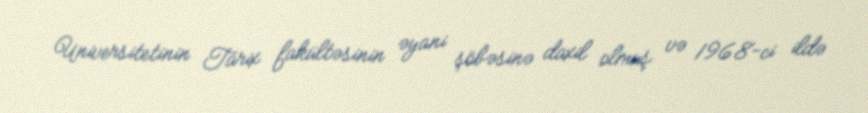
Universitetinin Tarix fakültəsinin əyani şöbəsinə daxil olmuş və 1968-ci ildə